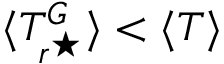
\langle T _ { r ^ { \star } } ^ { G } \rangle < \langle T \rangle